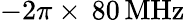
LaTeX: -2\pi\times\, 80\, \mathrm{MHz}